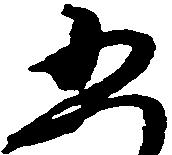
五